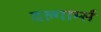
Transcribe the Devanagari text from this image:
दल्गार्म्स